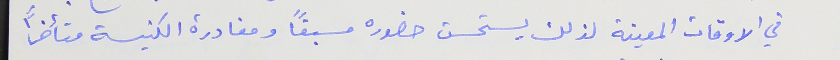
في الاوقات المعينة لذلك يستحسن حضوره مسبقاً ومغادرة الكنيسة متأخراً